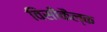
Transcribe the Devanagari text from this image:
विसीकैल्क